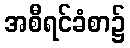
အစီရင်ခံစာ၌